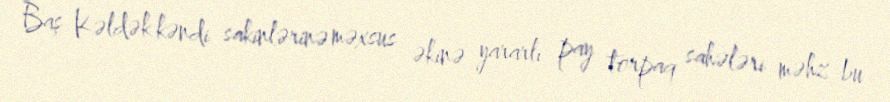
Baş Kəldək kəndi sakinlərinə məxsus əkinə yararlı pay torpaq sahələri məhz bu